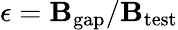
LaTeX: \epsilon=\mathbf{B}_{\mathrm{{gap}}}/\mathbf{B}_{\mathrm{{test}}}